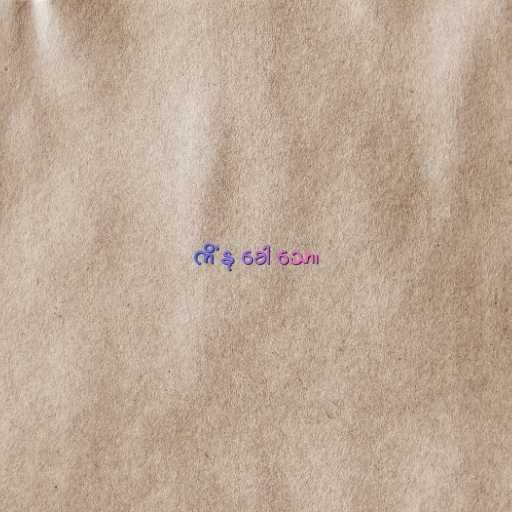
ကိံ နု ခေါ သော၊